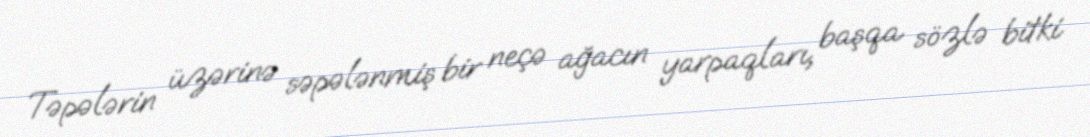
Təpələrin üzərinə səpələnmiş bir neçə ağacın yarpaqları, başqa sözlə bitki